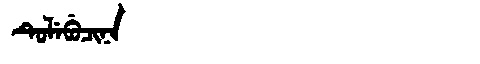
Manchu: ᡨᡠᠯᡝᠪᡠᠴᡳᠨᠠ
Romanization: TULEBUCINA